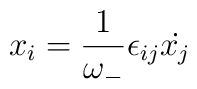
x_i = \frac{1}{\omega _-}\epsilon_{ij}{\dot{x_j}}